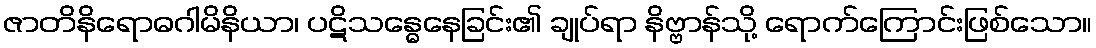
ဇာတိနိရောဓဂါမိနိယာ၊ ပဋိသန္ဓေနေခြင်း၏ ချုပ်ရာ နိဗ္ဗာန်သို့ ရောက်ကြောင်းဖြစ်သော။